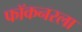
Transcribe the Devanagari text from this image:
फॉकनरला